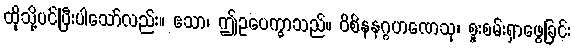
ထိုသို့ပင်ပြီးပါသော်လည်း။ ဧသာ၊ ဤဥပေက္ခာသည်။ ဝိစိနနဂ္ဂဟဏေသု၊ စူးစမ်းရှာဖွေခြင်း